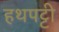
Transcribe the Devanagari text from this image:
हथपट्टी